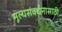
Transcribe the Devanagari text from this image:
मूल्यसंवर्धनासाठी